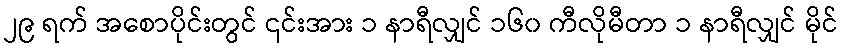
၂၉ ရက် အစောပိုင်းတွင် ၎င်းအား ၁ နာရီလျှင် ၁၆၀ ကီလိုမီတာ ၁ နာရီလျှင် မိုင်